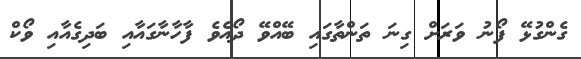
ގެންގުޅޭ ފޯނު ވަރަށް ގިނަ ތަންތާގައި ބޭއްވޭ ދޯއެވެ ފާހާނާގައާއި ބަދިގެއާއި ވޯކް